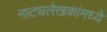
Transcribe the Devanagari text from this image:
नाट्यलेखकांमध्ये